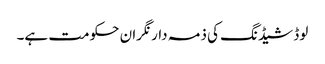
لوڈ شیڈنگ کی ذمہ دار نگران حکومت ہے۔